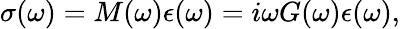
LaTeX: \sigma(\omega)=M(\omega)\epsilon(\omega)=i\omega G(\omega)\epsilon(\omega),